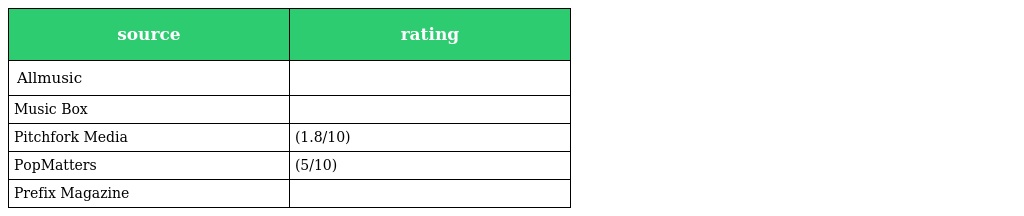
| source | rating |
 | --- | --- |
 | Allmusic |  |
 | Music Box |  |
 | Pitchfork Media | (1.8/10) |
 | PopMatters | (5/10) |
 | Prefix Magazine |  |